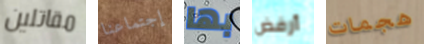
مقاتلين إجتماعنا بها أرفض هجمات